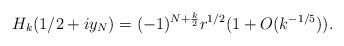
LaTeX: \begin{align*}H_k(1/2+iy_N) = (-1)^{N+\frac{k}{2}} r^{1/2} (1 + O(k^{-1/5})). \end{align*}